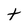
Character: t